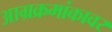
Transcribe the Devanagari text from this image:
आग्रक्रमांकावर